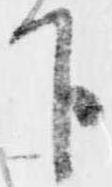
下